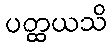
ပတ္ထယသိ